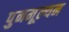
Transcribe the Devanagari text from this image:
पुनमूल्यन